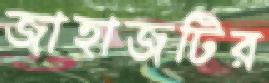
জাহাজটির